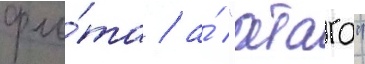
фло́та / а́ "атаго"